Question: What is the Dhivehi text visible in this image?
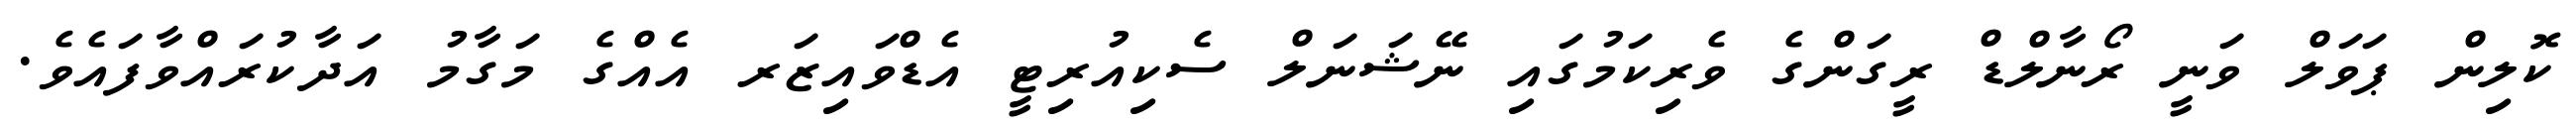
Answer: ކޮލިން ޕަވަލް ވަނީ ރޯނާލްޑް ރީގަންގެ ވެރިކަމުގައި ނޭޝަނަލް ސެކިއުރިޓީ އެޑްވައިޒަރ އެއްގެ މަގާމު އަދާކުރައްވާފައެވެ.